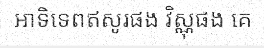
អាទិទេពឥសូរផង វិស្ណុផង គេ